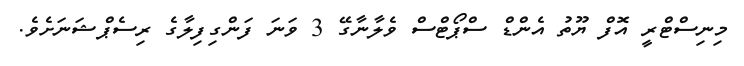
މިނިސްޓްރީ އޮފް ޔޫތު އެންޑް ސްޕޯޓްސް ވެލާނާގޭ 3 ވަނަ ފަންގިފިލާގެ ރިސެޕްޝަނަށެވެ.